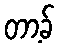
တာ့ခ်